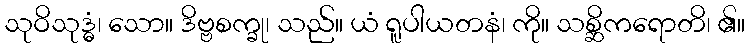
သုဝိသုဒ္ဓံ၊ သော။ ဒိဗ္ဗစက္ခု၊ သည်။ ယံ ရူပါယတနံ၊ ကို။ သစ္ဆိကရောတိ၊ ၏။